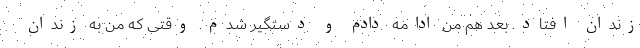
زندان افتاد. بعد هم من ادامه دادم و دستگیر شدم. وقتی که من به زندان